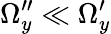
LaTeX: \Omega_{y}^{\prime\prime}\ll\Omega_{y}^{\prime}